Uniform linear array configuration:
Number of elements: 48
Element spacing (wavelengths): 0.5
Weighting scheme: binomial
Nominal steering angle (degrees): -30
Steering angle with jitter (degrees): -29.058
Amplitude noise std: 0.05
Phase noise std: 0.05

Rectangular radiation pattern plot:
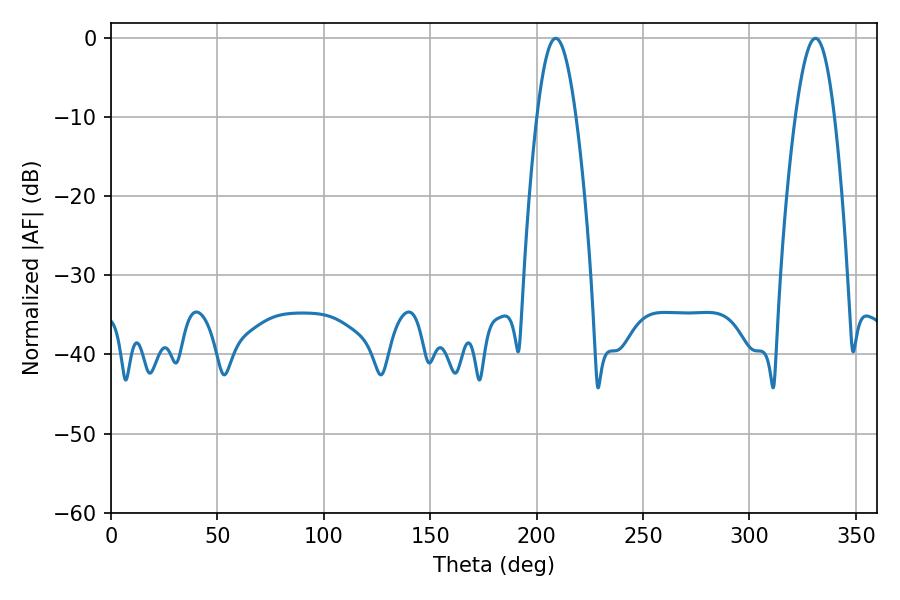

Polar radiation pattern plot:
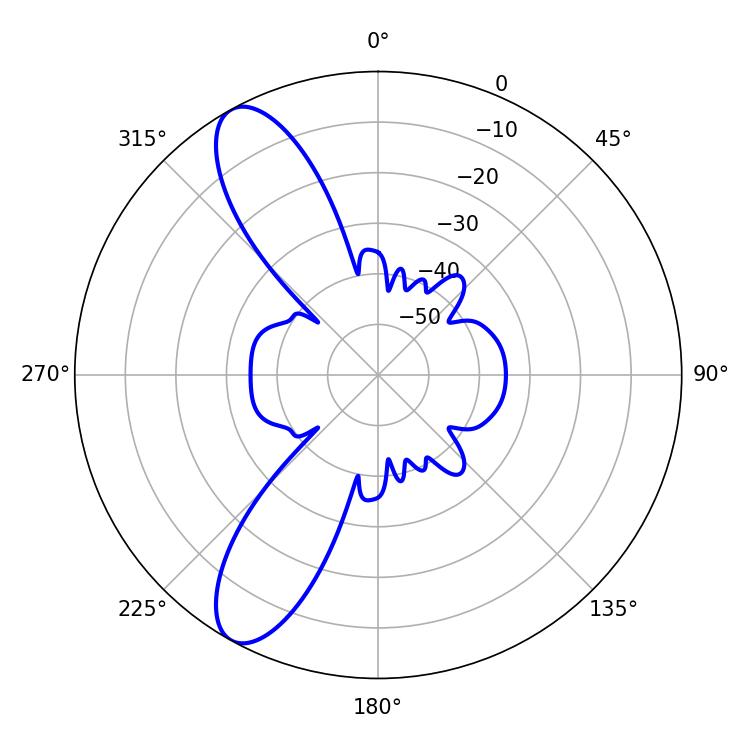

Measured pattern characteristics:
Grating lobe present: FALSE
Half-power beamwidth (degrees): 9.9
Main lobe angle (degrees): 208.98